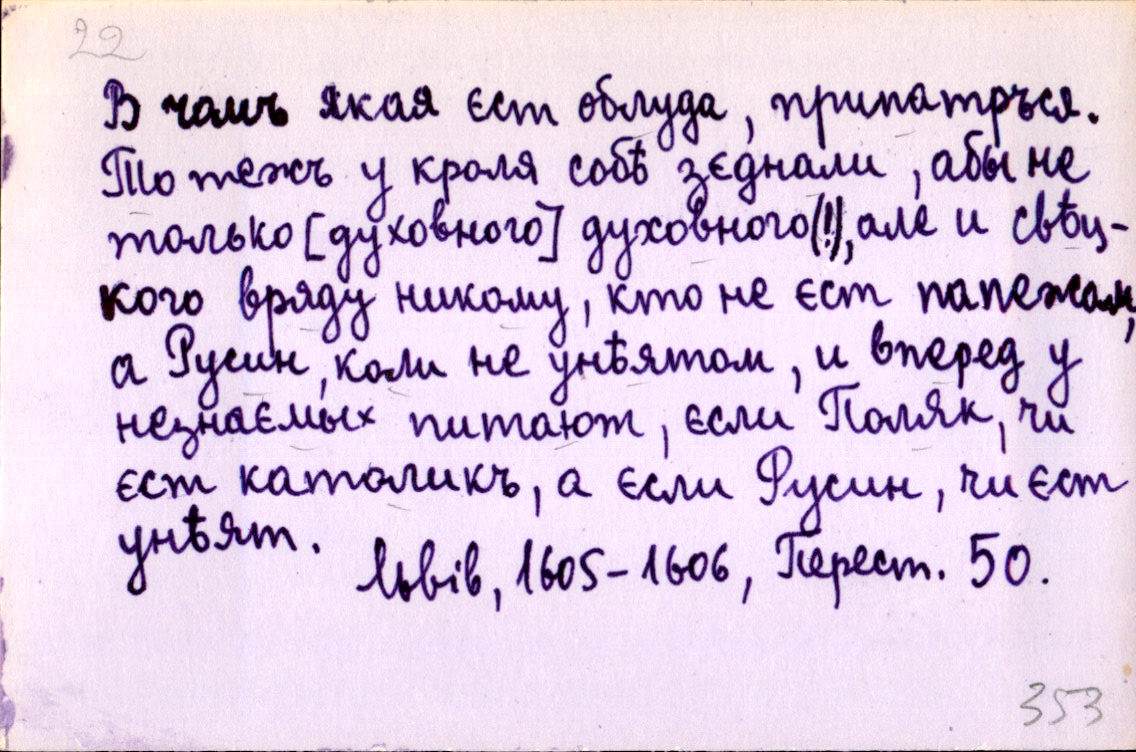
В чомъ якая єст облуда, припатръся.
То тежъ у кроля собѣ зєднали, абы не
только [духовного] духовного(!), але и свѣц-
кого вряду никому, кто не єст папежом,
а Русин, коли не унѣятом, и вперед у
незнаємых питают, єсли Поляк, чи
єст католикъ, а єсли Русин, чи єст
унѣят.
Львів, 1605-1606, Перест. 50.